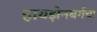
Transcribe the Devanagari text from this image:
हायझेनबर्गचा